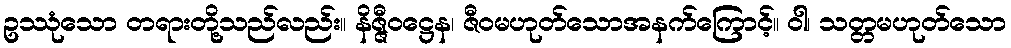
ဥဿုံသော တရားတို့သည်လည်း။ နိဇ္ဇီဝဋ္ဌေန၊ ဇီဝမဟုတ်သောအနက်ကြောင့်။ ဝါ၊ သတ္တမဟုတ်သော